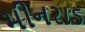
મીનરાડ